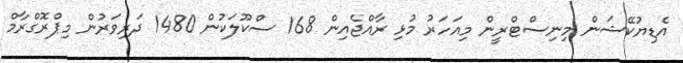
އެޑިޔުކޭޝަން މިނިސްޓްރީން މިއަހަރު މުޅި ރާއްޖެއިން 168 ސްކޫލަކުން 1480 ދަރިވަރުން މިޕްރޮގްރާމް